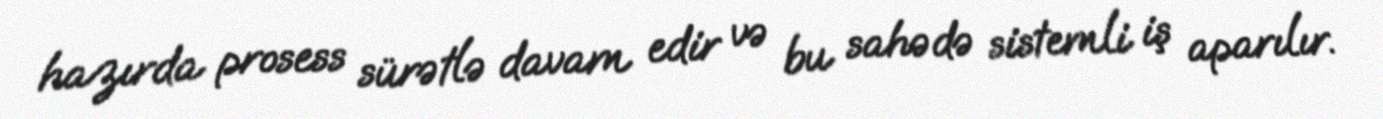
hazırda prosess sürətlə davam edir və bu sahədə sistemli iş aparılır.